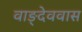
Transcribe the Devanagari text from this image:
वाङ्देववास